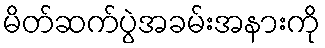
မိတ်ဆက်ပွဲအခမ်းအနားကို